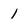
Character: 1